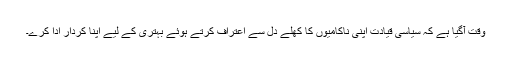
وقت آگیا ہے کہ سیاسی قیادت اپنی ناکامیوں کا کھلے دل سے اعتراف کرتے ہوئے بہتری کے لیے اپنا کردار ادا کرے۔